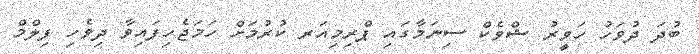
ބުދަ ދުވަހު ހަވީރު ޝްވެކް ސިނަމާގައި ޕްރިމިއަރ ކުރުމަށް ހަމަޖެހިފައިވާ ދިވެހި ފިލްމް